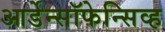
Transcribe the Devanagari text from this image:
आर्डेन्सॉफेन्सिव्ह